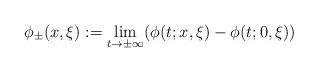
LaTeX: \begin{align*} \phi_\pm(x,\xi):=\lim_{t\to\pm\infty} (\phi(t;x,\xi)-\phi(t;0,\xi))\end{align*}